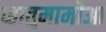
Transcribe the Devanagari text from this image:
व्हातुमामोआ